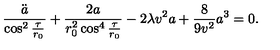
\frac { \ddot { a } } { \cos ^ { 2 } { \frac { \tau } { r _ { 0 } } } } + \frac { 2 a } { r _ { 0 } ^ { 2 } \cos ^ { 4 } { \frac { \tau } { r _ { 0 } } } } - 2 \lambda v ^ { 2 } a + \frac { 8 } { 9 v ^ { 2 } } a ^ { 3 } = 0 .